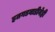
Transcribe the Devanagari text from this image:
हतगडवाडीनेही